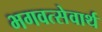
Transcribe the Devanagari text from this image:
भगवत्सेवार्थ